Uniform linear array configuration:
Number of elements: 12
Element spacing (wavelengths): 0.75
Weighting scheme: blackman
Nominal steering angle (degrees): -45
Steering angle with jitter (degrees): -44.49
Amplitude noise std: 0.05
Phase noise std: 0.05

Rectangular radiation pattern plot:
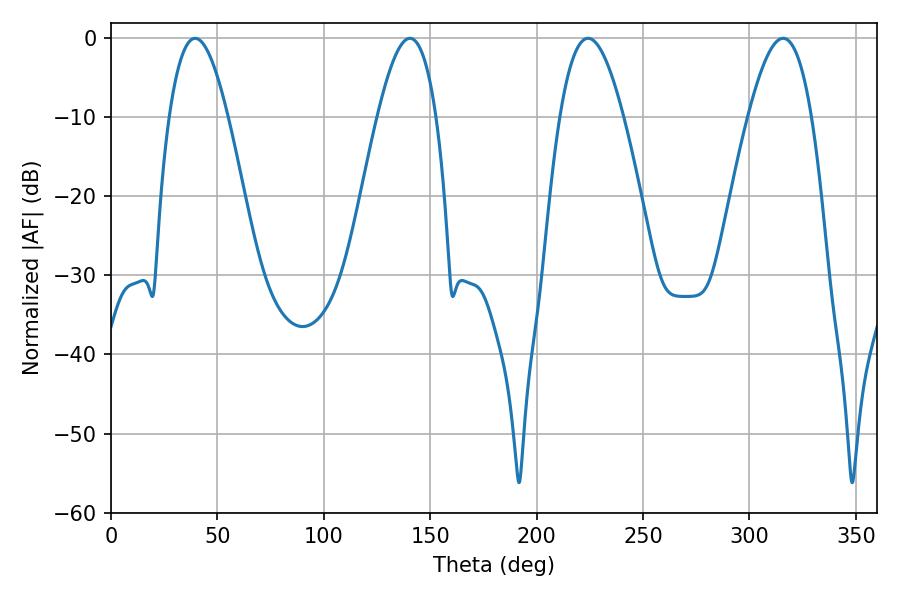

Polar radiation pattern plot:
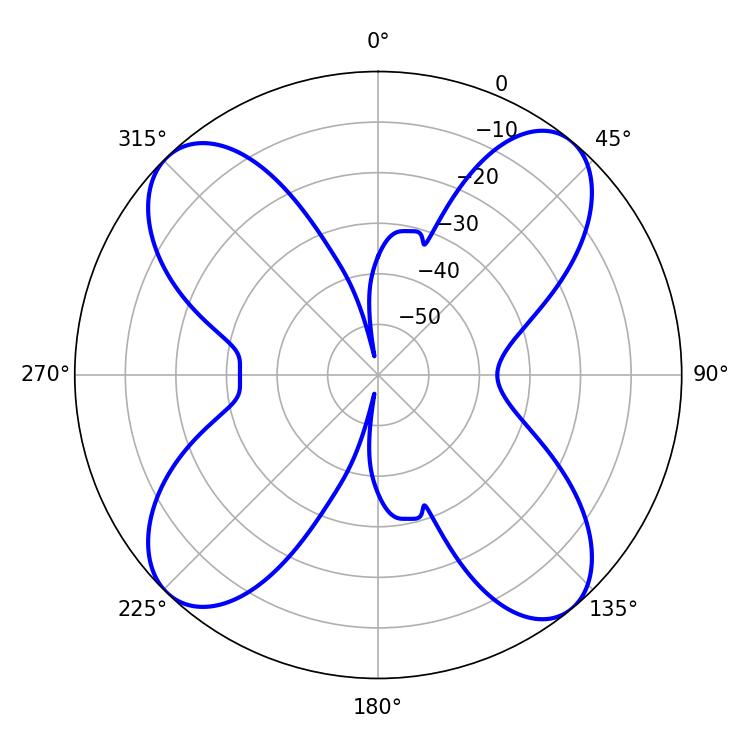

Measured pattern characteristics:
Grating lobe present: TRUE
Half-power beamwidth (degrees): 16.2
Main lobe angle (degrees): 224.1